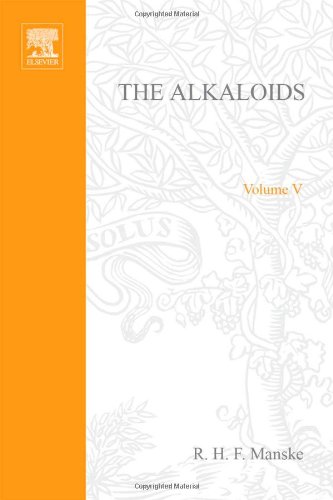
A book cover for The Alkaloids: Chemistry and Physiology  V5, Volume 5; Science & Math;